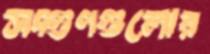
সদ্গুণগুলোর